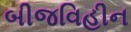
બીજવિહીન